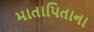
માતાપિતાના